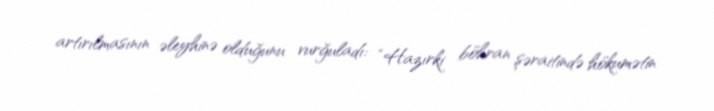
artırılmasının əleyhinə olduğunu vurğuladı: “Hazırki böhran şəraitində hökumətin